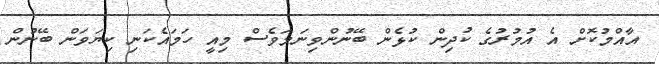
އާއްމުކޮށް އެ އުމުރުގެ ކުދިން ކުޅެން ބޭނުންވިނަމަވެސް މިއީ ހަމައެކަނި ކިޔަވަން ބޭނުން